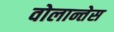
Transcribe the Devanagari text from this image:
वोलान्तेस